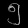
Digit: ၅